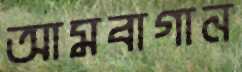
আমবাগান